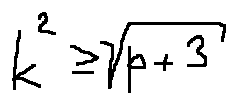
k ^ { 2 } \geq \sqrt { p + 3 }